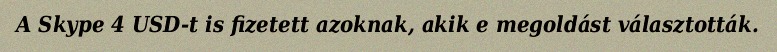
A Skype 4 USD-t is fizetett azoknak, akik e megoldást választották.